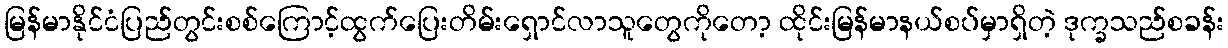
မြန်မာနိုင်ငံပြည်တွင်းစစ်ကြောင့်ထွက်ပြေးတိမ်းရှောင်လာသူတွေကိုတော့ ထိုင်းမြန်မာနယ်စပ်မှာရှိတဲ့ ဒုက္ခသည်စခန်း